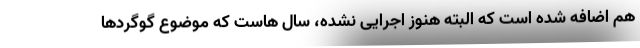
هم اضافه شده است که البته هنوز اجرایی نشده، سال هاست که موضوع گوگردها